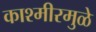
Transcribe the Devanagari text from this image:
काश्मीरमुळे